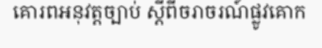
គោរពអនុវត្តច្បាប់ ស្តីពីចរាចរណ៍ផ្លូវគោក